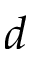
d